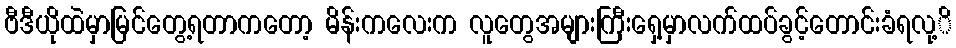
ဗီဒီယိုထဲမှာမြင်တွေ့ရတာကတော့ မိန်းကလေးက လူတွေအများကြီးရှေ့မှာလက်ထပ်ခွင့်တောင်းခံရလု့ိ